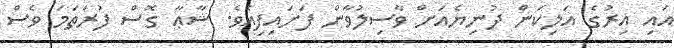
އައި އިރުގެ އަލިކަން ދުނިޔެއަށް ވާސިލުވާން ފަށައިފިއެވެ. ޝާޢާ ގޮސް ފުރަތަމަ ވެސް